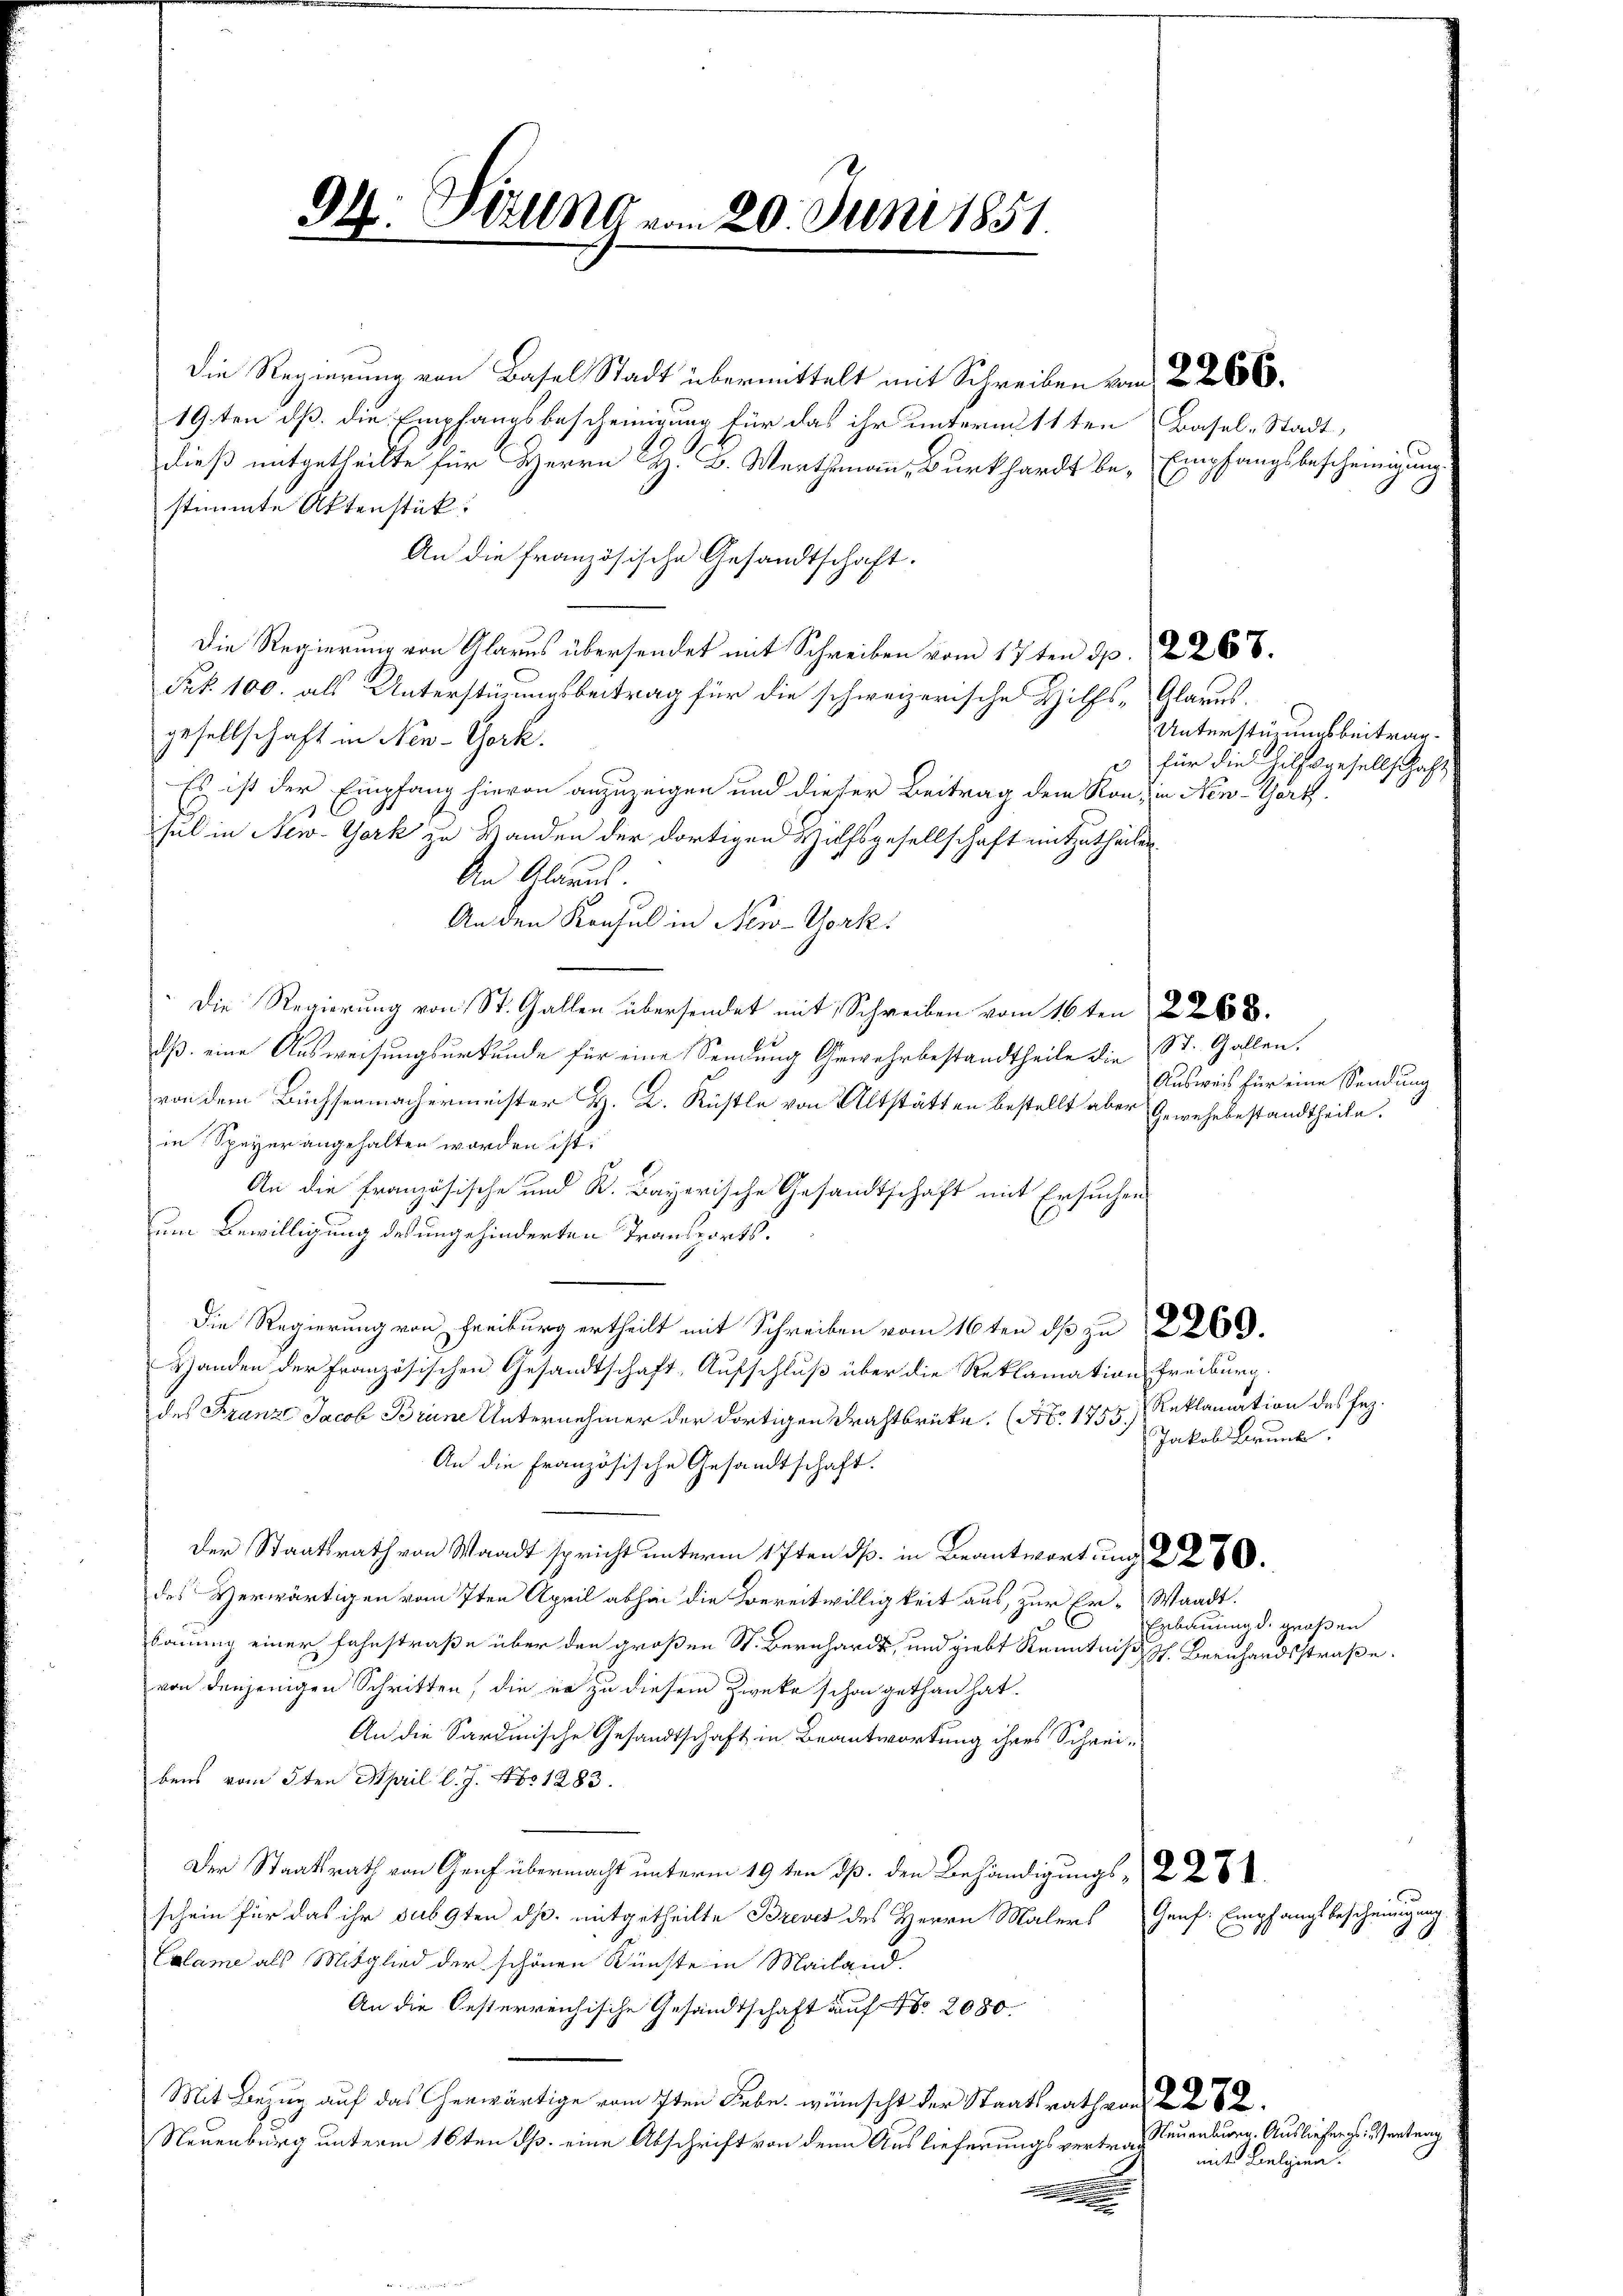
94. Titung vom 20. Juni 1851.

Die Regierung von Basel Stadt übermittelt mit Schreiben vom 2. 266.
19ten dß. die Empfangsbescheinigung für das ihr untermitten Basel-Stadt,
dieß mitgetheilte für Herrn H. B. Werthemann, Burkhardt be- Empfangsbescheinigung
stimmte Aktenstück:
An die französische Gesandtschaft.
Die Regierung von Glarus übersendet mit Schreiben vom 17ten 3 p. 2268.
Frk. 100. als Unterstüzungsbeitrag für die schweizerische Hilfs-Glarus.
gesellschaft in New-York.
Es ist der Empfang hievon anzuzeigen und dieser Beitrag dem Kon, in Nen-Tort
sel in New-York zu Handen der dortigen Hilfsgesellschaft mitzutheilen.
An Altaus
An den Konsul in New-York
Die Regierung von St. Gallen übersendet mit Schreiben vom 16ten 2268.
dß eine Ausweisungsurkunde für eine Sendung Gewehrbestandtheile die St. Gallen,
von dem Büchsenmachermeister H. K. Rüstle von Altstätten bestellt aber Gewehrbestandtheile.
in Speyer angehalten worden ist.
An die Französische und K. Bayerische Gesandtschaft mit Ersuchen
um Bewilligung des ungehinderten Transports¬
Die Regierung von Freiburg ertheilt mit Schreiben vom 16ten ds zu 2260.
Handen der Französischen Gesandtschaft, Aufschluß über die Reklamation Freiburg.
des Franz Jacob Brüne Unternehmer der dortigen Drahtbrücke, (No. 1755, Reklamation des Fez.
An die Französische Gesandtschaft.
Der Staatsrath von Waadt spricht unterm 17ten ds. in Beantwortung § 280.
des Verwärtigen vom 7ten April abhin die Bereitwilligkeit aus, zur Er-Waadt.
bauung einer Fahnstraße über den großen St. Bernhardt, und giebt Kenntniß ph. Beenhandsstraße
von denjenigen Schritten, die er zu diesem Zweke schon gethan hat.
An die Sardinische Gesandtschaft in Beantwortung ihres Schreibens vom 5ten April l. J. Mts. 1283.
Der Staatsrath von Gruf übermacht unterm 19 ten dß. den Behändigungs- 2
schein für das ihr sub 9ten dß. mitgetheilte Brevet des Herrn Malers Genf Empfangsbescheinigung
Calame als Mitglied der schönen Künste in Mailand.
An die Oesterreichische Gesandtschaft auf No 2080.
Mit Bezug auf das Cherwärtige vom 7ten Leber wünscht der Staatsrath von
Neuenburg unterm 16ten d. eine Abschrift von den Auslieferungsvertrag

C

Unterstüzungsbeitragfür die Hilfsgesellschaf

Ausweis für eine Sendung

Jakob Brunk

Erbauung d. großen

Neuenburg. Ausliefer es. Vertrag
mit Belgien.